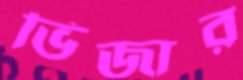
ভিজার